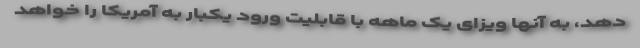
دهد، به آنها ویزای یک ماهه با قابلیت ورود یکبار به آمریکا را خواهد